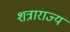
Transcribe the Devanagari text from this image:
शत्राराज्य